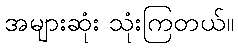
အများဆုံး သုံးကြတယ်။